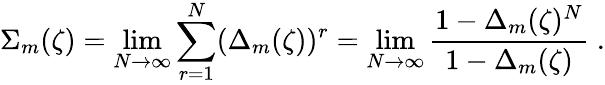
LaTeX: \Sigma_{m}(\zeta)=\operatorname*{lim}_{N\rightarrow\infty}\sum_{r=1}^{N}(\Delta_{m}(\zeta))^{r}=\operatorname*{lim}_{N\rightarrow\infty}{\frac{1-\Delta_{m}(\zeta)^{N}}{1-\Delta_{m}(\zeta)}}\; .